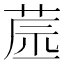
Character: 𦱯